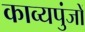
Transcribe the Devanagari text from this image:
काव्यपुंजों